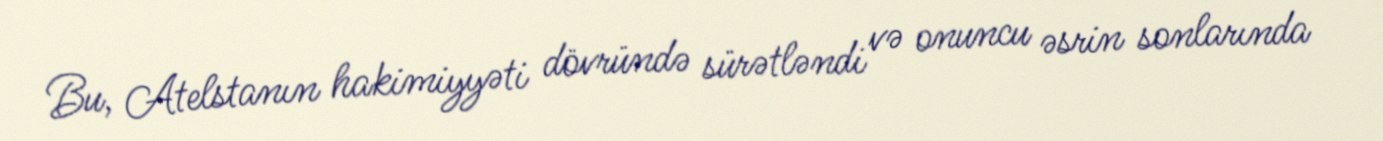
Bu, Atelstanın hakimiyyəti dövründə sürətləndi və onuncu əsrin sonlarında